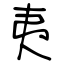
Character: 夷